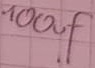
Text: 100µF